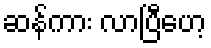
ဆန်ကား လာပြီဟေ့